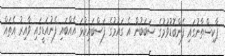
ޕާކިސްތާނުގައި ފެންބޮޑުވުމުގެ ސަބަބުން އެ ގައުމުގެ ފަސްބައިކުޅަ އެއްބައި ފެނުއަޑީގައި ވާއިރު އެތައް